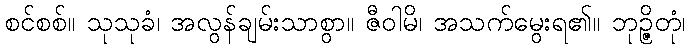
စင်စစ်။ သုသုခံ၊ အလွန်ချမ်းသာစွာ။ ဇီဝါမိ၊ အသက်မွေးရ၏။ ဘုဉ္ဇိတုံ၊